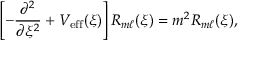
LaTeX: \left[ - \frac { \partial ^ { 2 } } { \partial \xi ^ { 2 } } + V _ { \mathrm { e f f } } ( \xi ) \right] { \cal R } _ { m \ell } ( \xi ) = m ^ { 2 } { \cal R } _ { m \ell } ( \xi ) ,